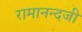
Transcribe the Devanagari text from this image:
रामानन्दजी